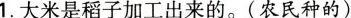
1.大米是稻子加工出来的。(农民种的)